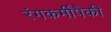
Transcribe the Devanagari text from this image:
रंगकर्मींपैकी